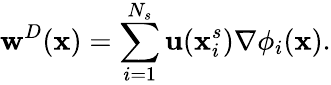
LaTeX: \mathbf{w}^{D}(\mathbf{x})=\sum_{i=1}^{N_{s}}\mathbf{u}(\mathbf{x}_{i}^{s})\nabla{\phi}_{i}(\mathbf{x}).